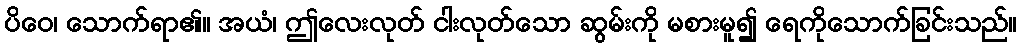
ပိဝေ၊ သောက်ရာ၏။ အယံ၊ ဤလေးလုတ် ငါးလုတ်သော ဆွမ်းကို မစားမူ၍ ရေကိုသောက်ခြင်းသည်။